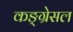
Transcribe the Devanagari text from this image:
कङ्ग्रेसल